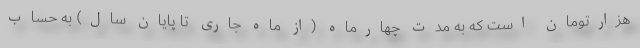
هزارتومان است که به مدت چهارماه (از ماه جاری تا پایان سال) به حساب